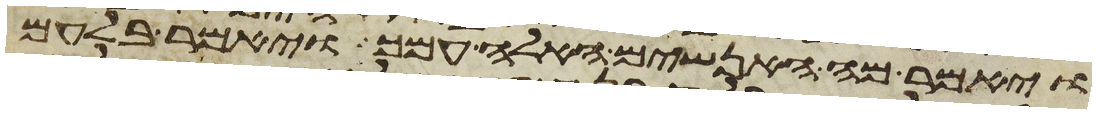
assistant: ויאמר מה האנשים האלה עמך ויאמר בלעם